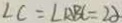
\angle C = \angle A B C = 2 \alpha